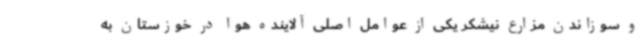
و سوزاندن مزارع نیشکر یکی از عوامل اصلی آلاینده هوا در خوزستان به